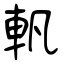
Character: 軓